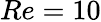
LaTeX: Re=10